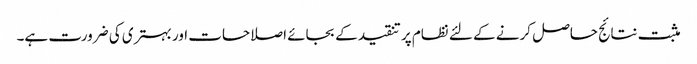
مثبت نتائج حاصل کرنے کے لئے نظام پر تنقید کے بجائے اصلاحات اور بہتری کی ضرورت ہے۔